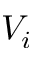
V _ { i }